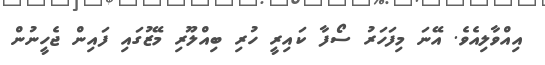
އިއްވާލިއެވެ. އޭނަ މިފަހަރު ސޯފާ ކައިރީ ހުރި ބިއްލޫރި މޭޒުގައި ފައިން ޖެހީނުން